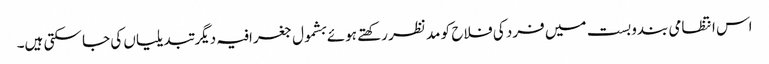
اس انتظامی بندوبست میں فرد کی فلاح کو مد نظر رکھتے ہوئے بشمول جغرافیہ دیگر تبدیلیاں کی جا سکتی ہیں۔